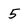
Character: 5